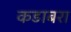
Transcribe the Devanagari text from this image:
कडाबरा